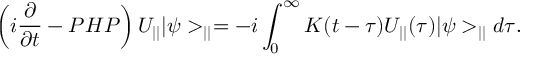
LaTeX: \left( i \frac { \partial } { \partial t } - P H P \right) U _ { | | } | \psi > _ { | | } = - i \int _ { 0 } ^ { \infty } K ( t - \tau ) U _ { | | } ( \tau ) | \psi > _ { | | } d \tau .